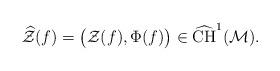
LaTeX: \begin{align*}\widehat{ \mathcal{Z} } (f) = \big( \mathcal{Z}(f) , \Phi(f) \big) \in \widehat{\mathrm{CH}}^1(\mathcal{M} ).\end{align*}